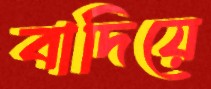
বাদিয়ে